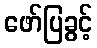
ဖော်ပြခွင့်